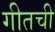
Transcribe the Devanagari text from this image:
गीतची